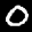
Label: 0